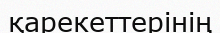
қарекеттерінің